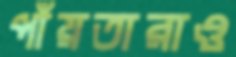
পাঁয়তারাও